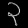
Digit: ၃